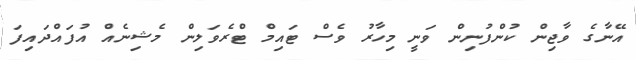
އޭނާގެ ވާޖިން ކުންފުނިން ވަނީ މިހާރު ވެސް ޓައިމް ޓްރެވަލިން މެޝިނެއް އުފައްދައިފަ